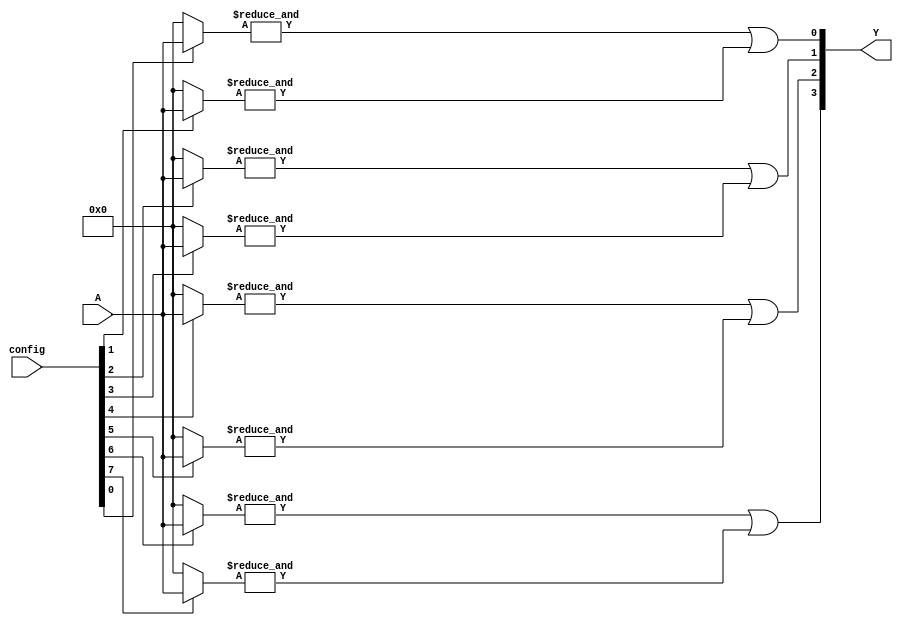
module GPAL (
    input wire [N-1:0] A,          // Input signals (N inputs)
    input wire [M-1:0] config,     // Configuration for programmable AND array
    output wire [P-1:0] Y          // Output signals (P outputs)
);
    parameter N = 4;               // Number of inputs
    parameter M = 8;               // Number of AND gates
    parameter P = 4;               // Number of OR gates

    // Programmable AND array outputs
    wire [M-1:0] and_out;          // Outputs of AND gates

    // Generate AND gates based on configuration
    genvar i;
    generate
        for (i = 0; i < M; i = i + 1) begin : and_array
            wire [N-1:0] and_inputs; // Inputs to each AND gate

            // Connect inputs based on configuration
            assign and_inputs = (config[i] == 1'b1) ? A : 0; // Example: Connect A if config is 1

            // AND gate implementation
            assign and_out[i] = &and_inputs; // AND operation
        end
    endgenerate

    // Fixed OR array
    wire [P-1:0] or_out;           // Outputs of OR gates

    // Implementing fixed OR gates
    assign or_out[0] = and_out[0] | and_out[1]; // Example: OR of first two AND outputs
    assign or_out[1] = and_out[2] | and_out[3]; // Example: OR of next two AND outputs
    assign or_out[2] = and_out[4] | and_out[5]; // Example: OR of next two AND outputs
    assign or_out[3] = and_out[6] | and_out[7]; // Example: OR of last two AND outputs

    // Final output assignment
    assign Y = or_out;

endmodule